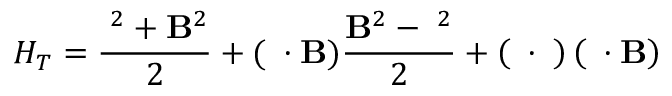
{ \cal H } _ { T } = \frac { { \bf \pi } ^ { 2 } + { \bf B } ^ { 2 } } { 2 } + ( { \bf \theta } \cdot { \bf B } ) \frac { { \bf B } ^ { 2 } - { \bf \pi } ^ { 2 } } { 2 } + \left( { \bf \theta } \cdot { \bf \pi } \right) \left( { \bf \pi } \cdot { \bf B } \right)